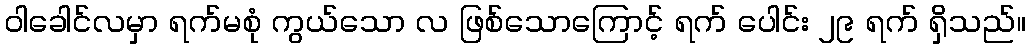
ဝါခေါင်လမှာ ရက်မစုံ ကွယ်သော လ ဖြစ်သောကြောင့် ရက် ပေါင်း ၂၉ ရက် ရှိသည်။